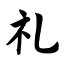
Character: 礼